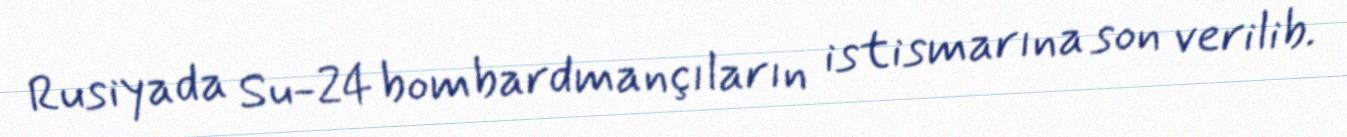
Rusiyada Su-24 bombardmançıların istismarına son verilib.